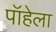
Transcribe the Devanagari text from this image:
पॉहेला